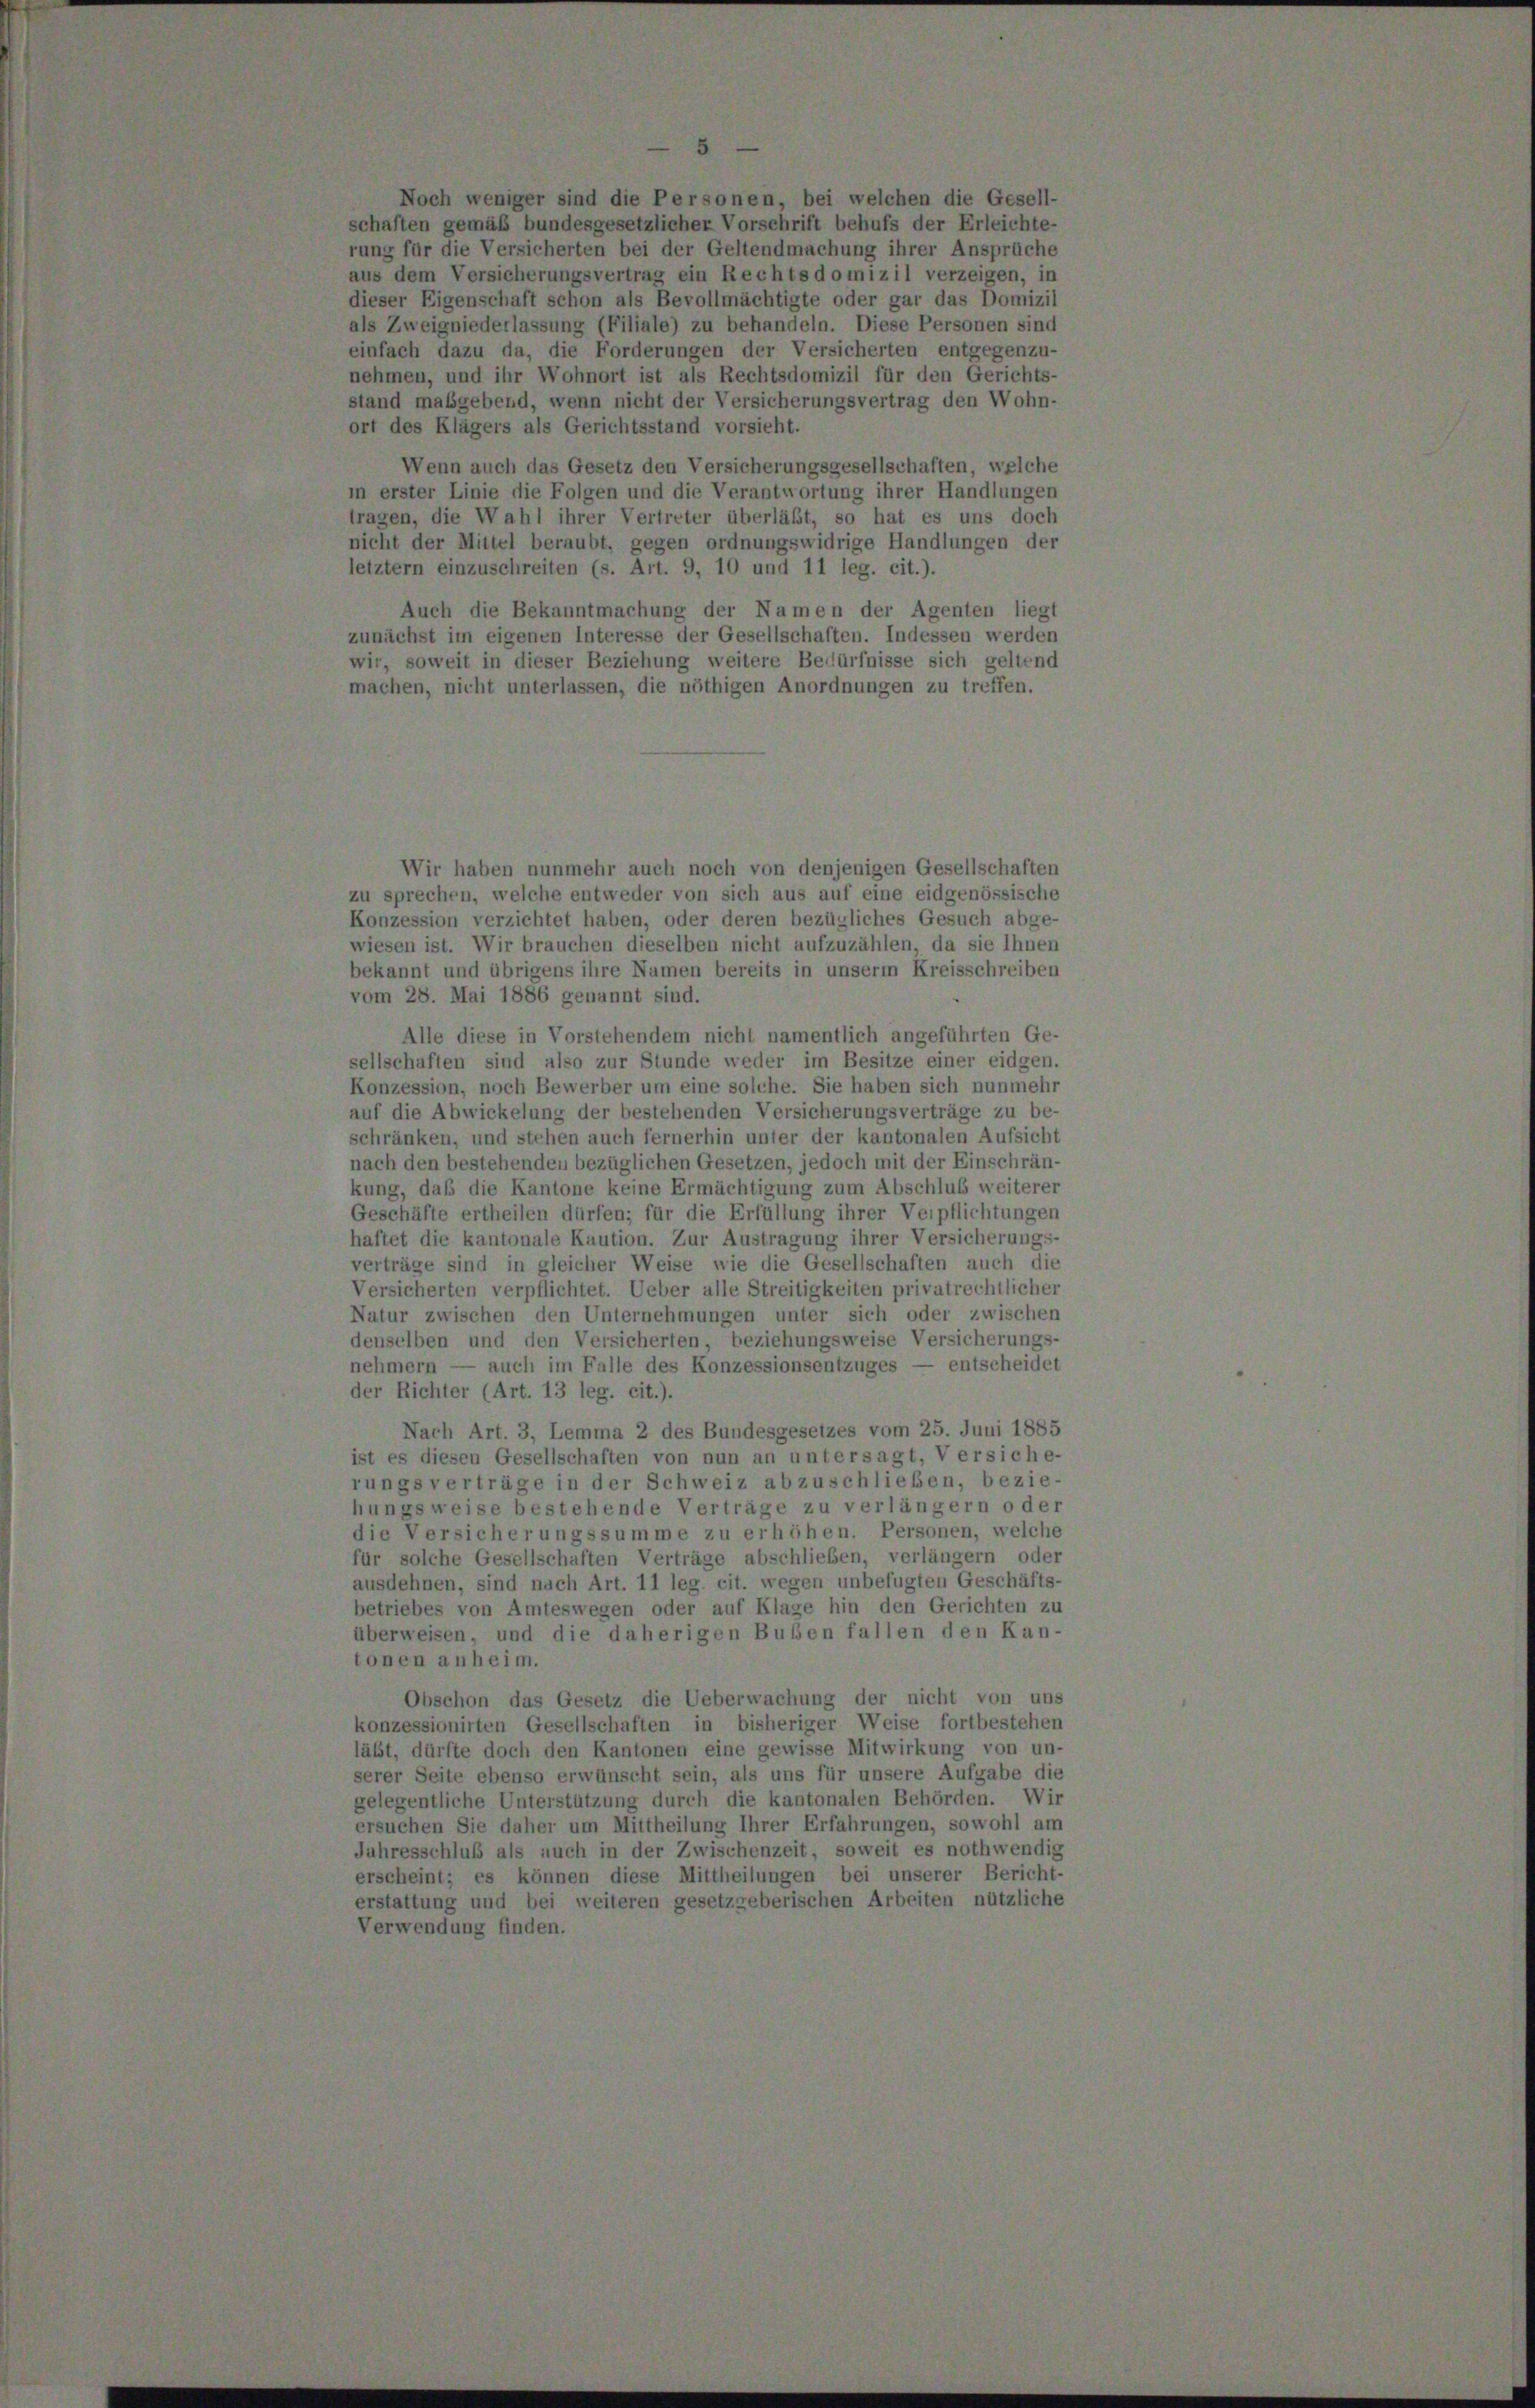
Noch weniger sind die Personen, bei welchen die Gesell-
schaften gemäß bundesgesetzlicher Vorschrift behufs der Erleichte-
rung für die Versicherten bei der Geltendmachung ihrer Ansprüche
aus dem Versicherungsvertrag ein Rechts domizil verzeigen, in
dieser Eigenschaft schon als Bevollmächtigte oder gar das Domizil
als Zweigniederlassung (Filiale) zu behandeln. Diese Personen sind
einfach dazu da, die Forderungen der Versicherten entgegenzu-
nehmen, und ihr Wohnort ist als Rechtsdomizil für den Gerichts-
stand maßgebend, wenn nicht der Versicherungsvertrag den Wohn-
ort des Klägers als Gerichtsstand vorsieht.
Wenn auch das Gesetz den Versicherungsgesellschaften, welche
in erster Linie die Folgen und die Verantwortung ihrer Handlungen
tragen, die Wahl ihrer Vertreter überläßt, so hat es uns doch
nicht der Mittel beraubt, gegen ordnungswidrige Handlungen der
letztem einzuschreiten (s. Art. 9, 10 und 11 leg. cit.).
Auch die Bekanntmachung der Namen der Agenten liegt
zunächst im eigenen Interesse der Gesellschaften. Indessen werden
wir, soweit in dieser Beziehung weitere Bedürfnisse sich geltend
machen, nicht unterlassen, die nöthigen Anordnungen zu treffen.
Wir haben nunmehr auch noch von denjenigen Gesellschaften
zu sprechen, welche entweder von sich aus auf eine eidgenössische
Konzession verzichtet haben, oder deren bezügliches Gesuch abge-
wiesen ist. Wir brauchen dieselben nicht aufzuzählen, da sie Ihnen
bekannt und übrigens ihre Namen bereits in unserm Kreisschreiben
vom 28. Mai 1886 genannt sind.
Alle diese in Vorstehendem nicht namentlich angeführten Ge-
sellschaften sind also zur Stunde weder im Besitze einer eidgen.
Konzession, noch Bewerber um eine solche. Sie haben sich nunmehr
auf die Abwickelung der bestehenden Versicherungsverträge zu be-
schränken, und stehen auch fernerhin unter der kantonalen Aufsicht
nach den bestehenden bezüglichen Gesetzen, jedoch mit der Einschrän-
kung, daß die Kantone keine Ermächtigung zum Abschluß weiterer
Geschäfte ertheilen dürfen; für die Erfüllung ihrer Verpflichtungen
haftet die kantonale Kaution. Zur Austragung ihrer Versicherungs
verträge sind in gleicher Weise wie die Gesellschaften auch die
Versicherten verpflichtet. Ueber alle Streitigkeiten privatrechtlicher
Natur zwischen den Unternehmungen unter sich oder zwischen
denselben und den Versicherten, beziehungsweise Versicherungs-
nehmern — auch im Falle des Konzessionsentzuges — entscheides
der Richter (Art. 13 leg. cit.).
Nach Art. 3, Lemma 2 des Bundesgesetzes vom 25. Juni 1885
ist es diesen Gesellschaften von nun an untersagt, Versiche-
rungsverträge in der Schweiz abzuschlieben, bezie-
hungsweise bestehende Verträge zu verlängern oder
die Versicherungssumme zu erhöhen. Personen, welche
für solche Gesellschaften Verträge abschließen, verlängern oder
ausdehnen, sind nach Art. 11 leg. cit. wegen unbefugten Geschäfts-
betriebes von Amteswegen oder auf Klage hin den Gerichten zu
überweisen, und die daherigen Bußen fallen den Kan-
tonen anheim.
Obschon das Gesetz die Ueberwachung der nicht von un
konzessionirten Gesellschaften in bisheriger Weise fortbestehen
läbt, dürfte doch den Kantonen eine gewisse Mitwirkung von un-
serer Seite ebenso erwünscht sein, als uns für unsere Aufgabe die
gelegentliche Unterstützung durch die kantonalen Behörden. Wir
ersuchen Sie daher um Mittheilung Ihrer Erfahrungen, sowohl an
Jahresschluß als auch in der Zwischenzeit, soweit es nothwendig
erscheint; es können diese Mittheilungen bei unserer Bericht
erstattung und bei weiteren gesetzgeberischen Arbeiten nützlichs
Verwendung finden.